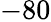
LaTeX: -80